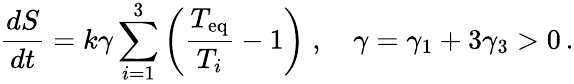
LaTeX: \frac{dS}{dt}=k\gamma\sum_{i=1}^{3}\left(\frac{T_{\mathrm{eq}}}{T_{i}}-1\right)\; ,\quad\gamma=\gamma_{1}+3\gamma_{3}>0\, .